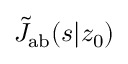
\tilde { J } _ { \mathrm { a b } } ( s | z _ { 0 } )